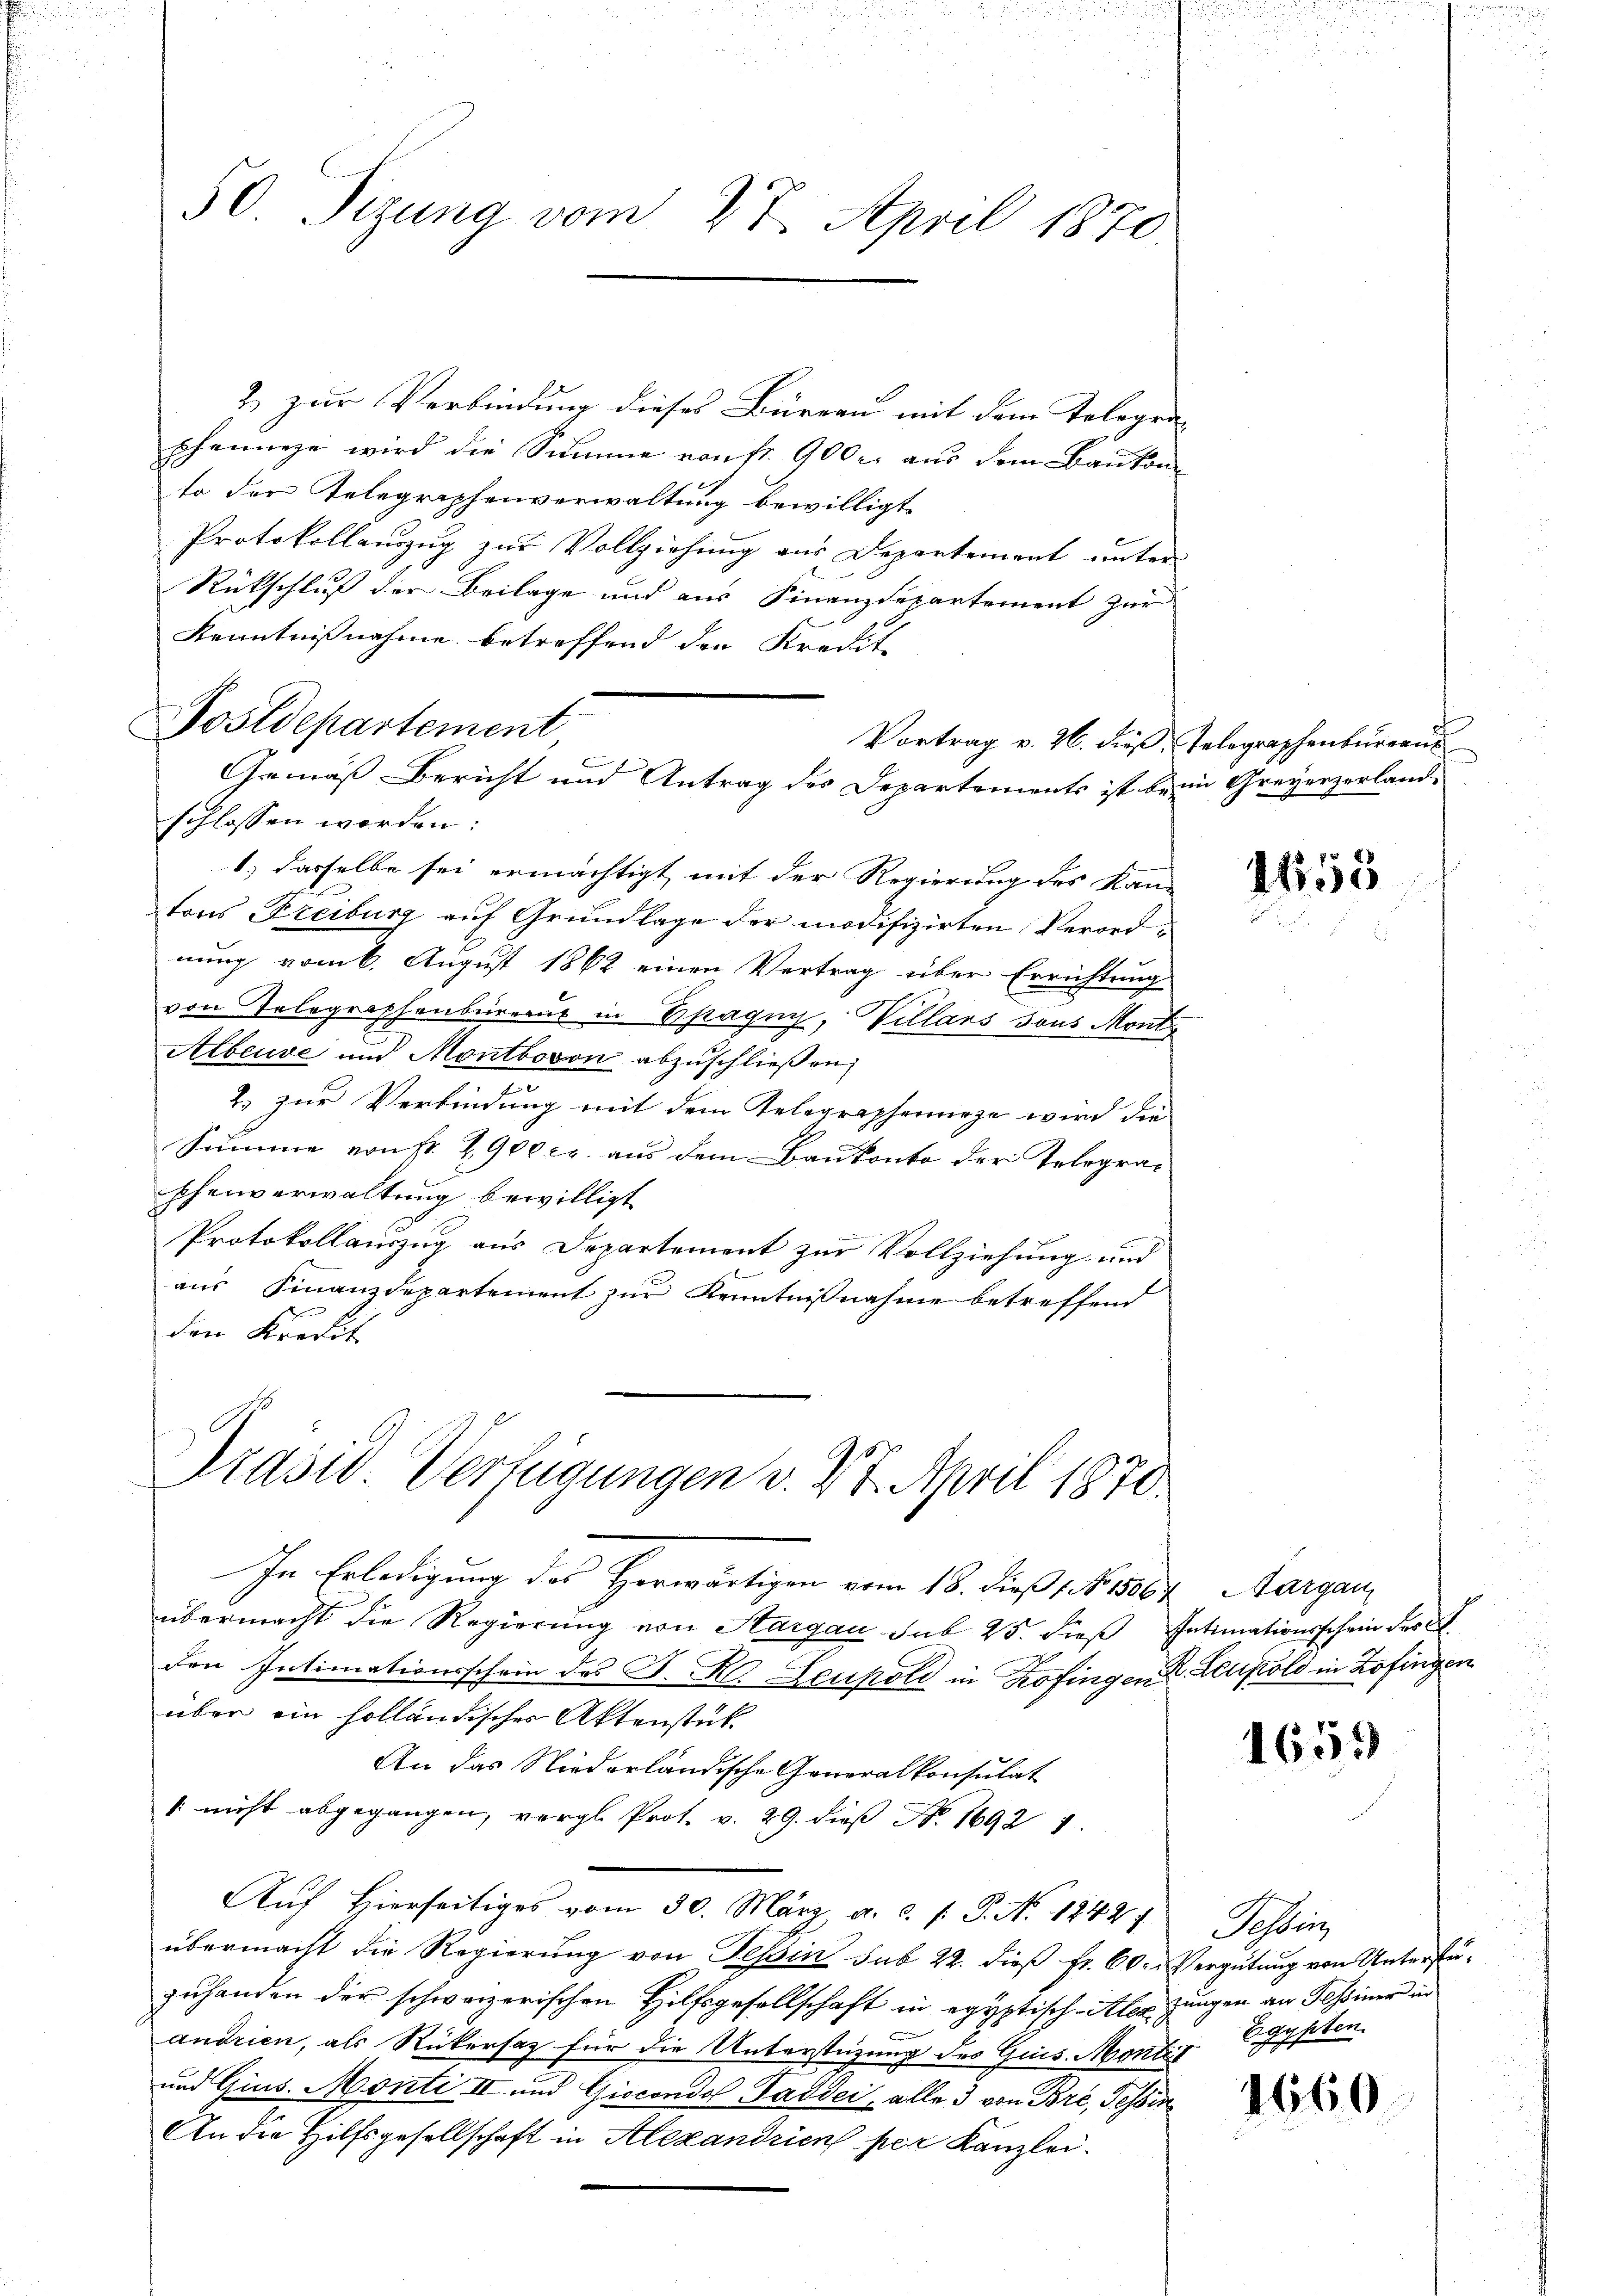
2 zur Verbindung dieses Büreau mit dem Telegen
scheinige wird die Summe von fr. 900 r. aus dem Bankon
to der Telegraphenverwaltung bewilligt.
Protokollauszug zur Vollziehung aus Departement unter
Rückschluß der Beilage und aus Finanzdepartement zur
Kenntnißnahme betreffend den Kredit-
schlossen worden:
1) dasselbe sei ermächtigt, mit der Regierung des Kan-
tons Freiburg auf Grundlage der modifizirten Verordnung vom 6. August 1862 einen Vertrag über Errichtung
von Telegraphenbüreaus in Spagny, Villars sous Mont
Albeuve und Montbovon abzuschließen,
2.) zur Verbindung mit dem Telegraphenurze wird die
Summe von fr. 2900 c. aus dem Baukonto der Telegraphenverwaltung bewilligt
Protokollauszug aus Departement zur Vollziehung und
b
aus Finanzdepartement zur Kenntnisnahme betreffend
den Kredit

50 Sizung vom 27. April 1870.

Postdepartement

Gemäß Bericht und Antrag des Departements ist beim Greyerzerland¬

Präsid Verfügungen v. 27. April 1870

In Erledigung des Herwärtigen vom 18. dieß No. 1807. Aargau
übermacht die Regierung von Aargau sub 25. dieß Intimationsschein des A
den Intimationsschrie des S. K. Leupold in Zofingen. Leipold in Zofingen
über ein holländischer Aktenstück
An das Niederländische Generalkonsulat
" nicht abgegangen, vergl. Prot. v. 29. dieβ No. 16921.
Auf Hierseitiges vom 30. März a. c. p. P. N. 1242)
übermacht die Regierung von Tessin sub 22. dieß fr. 60. Vergütung von Unterstüzuhanden der schweizerischen Hilfsgesellschaft in egyptisch-Alle Zungen an Tessiner in
andrien, als Rükersaz für die Unterstüzung des Quis. Montat
und Gius. Monti II und Giocondol Gaddei, alle 3 von Bre, Tessin
An die Hilfsgesellschaft in Alexandrien per Kanzlei.

Vortrag v. 26. dieß Telegraphenbureaus

1555

1659

Sahling
Eg
sippten.

1660.